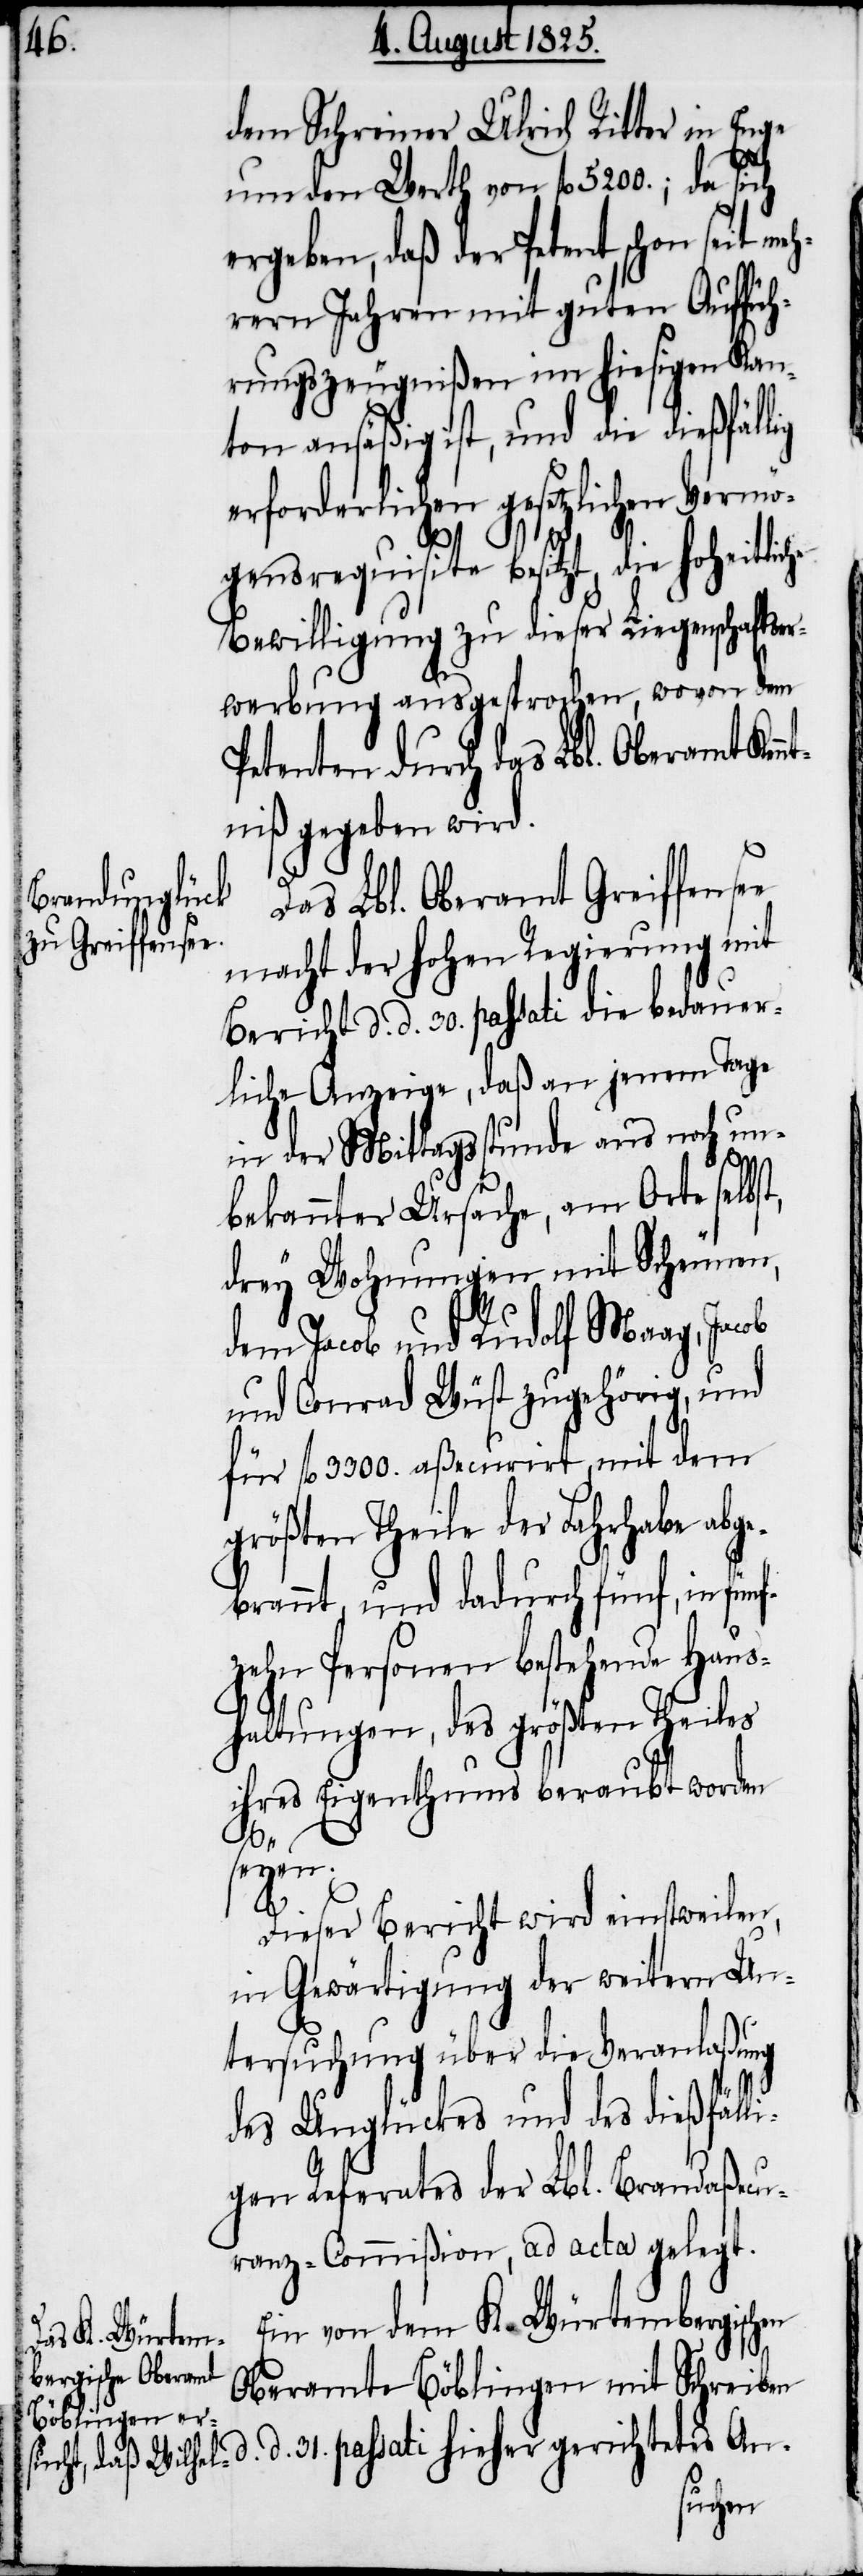
dem Schreiner Ulrich Ritter in Enge
um den Werth von fl. 5200.; da sich
ergeben, daß der Petent schon seit meh¬
rern Jahren mit guten Auffüh¬
rungszeugnißen im hiesigen Kan¬
ton ansäßig ist, und die dießfällig
erforderlichen gesetzlichen Vermö¬
he
gensrequisite besitzt, die hoheitlic¬
Bewilligung zu dieser Liegenschaftser¬
d.
werbung ausgesprochen, wovon dem
Petenten durch das Lbl. Oberamt Ken¬
niß gegeben wird.
Das Lbl. Oberamt Greiffensee
macht der hohen Regierung mit
Bericht d. d. 30. passati die bedauer¬
liche Anzeige, daß an jenem Tage
in der Mittagsstunde aus noch un¬
31.
bekannter Ursache, am Orte selbst,
drey Wohnungen mit Scheunen,
dem Jacob und Rudolf Maag, Jacob
und Conrad Wüst zugehörig, und
für fl. 3300. aßecurirt, mit dem
größten Theile der Lehrhabe abge¬
brannt, und dadurch fünf, in
zehn Personen bestehende Haus¬
haltungen, des größten Theiles
ihres Eigenthums beraubt worden
seyen.
Dieser Bericht wird einstweilen,
in Gewärtigung der weitern Un¬
tersuchung über die Veranlaßung
des Unglückes und des dießfälli¬
gen Referates der Lbl. Brandaßecu¬
ranz-Commißion, ad acta gelegt.
Ein von dem K. Würtembergischen
Oberamte Böblingen mit Schreiben
hieher